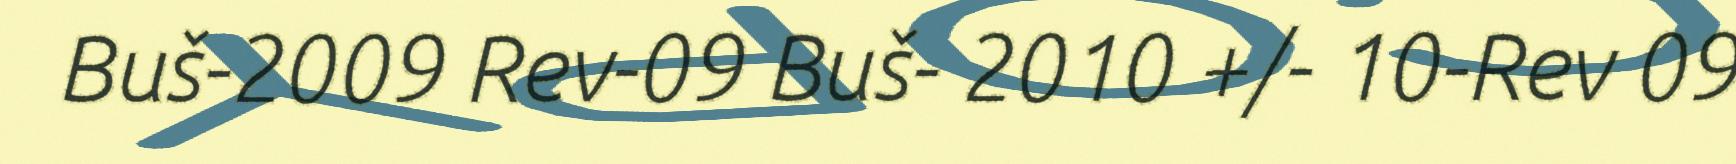
Buš-2009 Rev-09 Buš- 2010 +/- 10-Rev 09